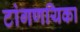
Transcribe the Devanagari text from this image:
टांगणयिका